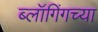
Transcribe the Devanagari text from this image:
ब्लॉगिंगच्या